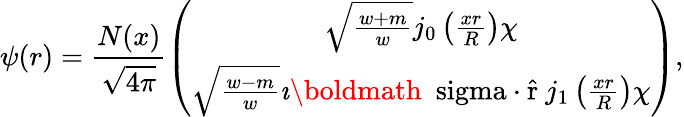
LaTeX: \psi(r)=\frac{N(x)}{\sqrt{4\pi}}\left(\begin{array}{c}{{\sqrt{\frac{w+m}{w}}j_{0}\left(\frac{xr}{R}\right)\chi}}\\ {{\sqrt{\frac{w-m}{w}}\imath\mathrm{\boldmath~\ sigma\cdot\hat{r}~}j_{1}\left(\frac{xr}{R}\right)\chi}}\end{array}\right),